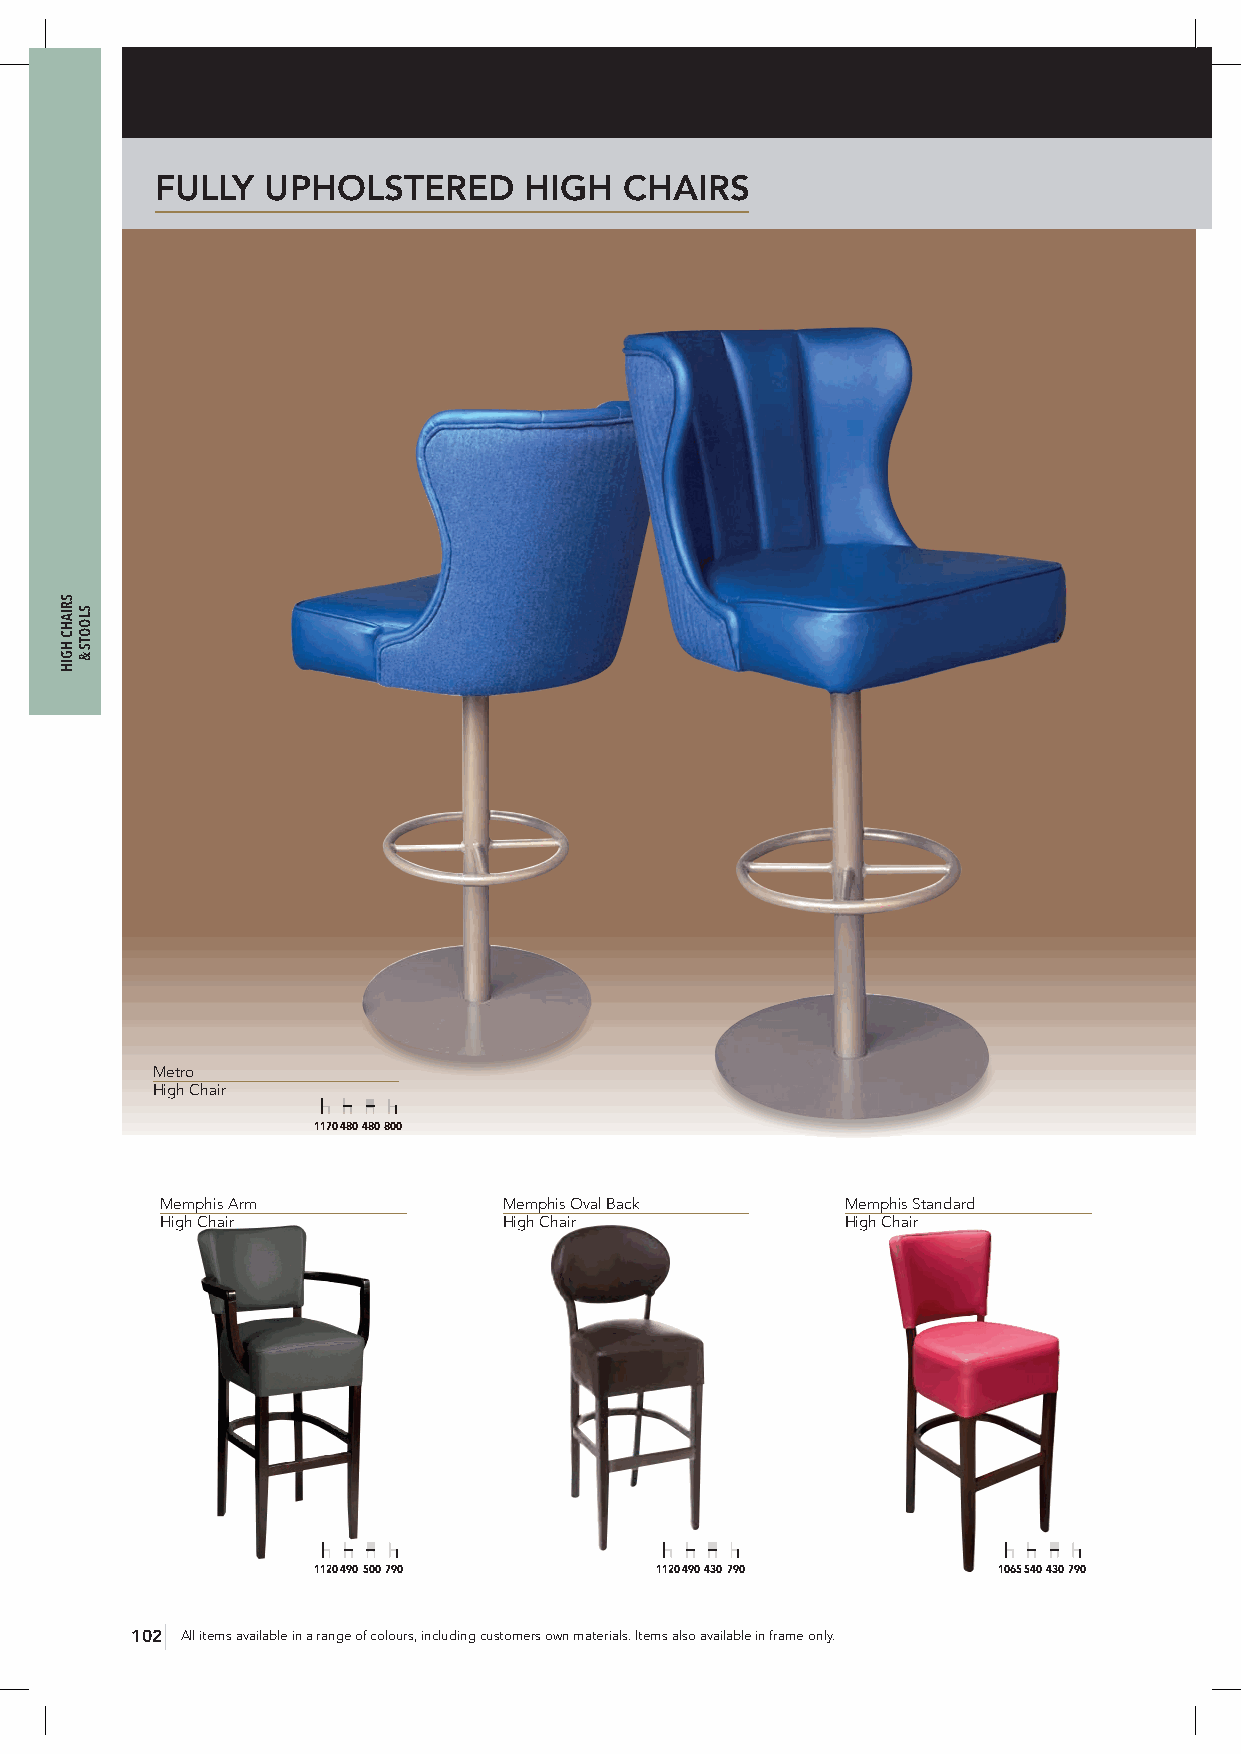
FULLY  UPHOLSTERED       HIGH  CHAIRS
 Metro
 High Chair
 1170 480 480 800
 Memphis Arm           Memphis Oval Back      Memphis Standard
 High Chair            High Chair             High Chair
 1120 490 500 790      1120 490 430 790       1065 540 430 790
 102 All items available in a range of colours, including customers own materials. Items also available in frame only.
 SRIAHC
 HGIH
 SLOOTS
 &